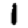
Digit: 1